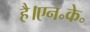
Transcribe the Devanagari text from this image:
है।एन॰के॰